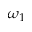
\omega _ { 1 }